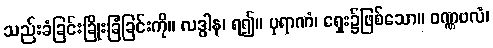
သည်းခံခြင်းခြိုးခြံခြင်းကို။ လဒ္ဓါန၊ ရ၍။ ပုရာဏံ၊ ရှေး၌ဖြစ်သော။ ဝဏ္ဏဗလံ၊